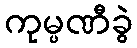
ကုမ္ပဏီခွဲ